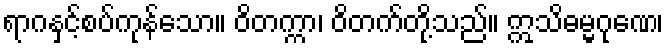
ရာဂနှင့်စပ်ကုန်သော။ ဝိတက္ကာ၊ ဝိတက်တို့သည်။ ဣသိဓမ္မဂုဏေ၊